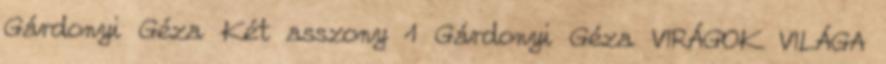
Gárdonyi Géza Két asszony 1 Gárdonyi Géza VIRÁGOK VILÁGA